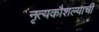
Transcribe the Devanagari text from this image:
नृत्यकौशल्याची